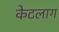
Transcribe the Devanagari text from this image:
केटलाग